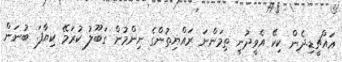
އައްޗީޑި.ދެން ކިކޭ އެވީދުނީ ތިމަންނަ ރައްޔިތުންގެ ނިންމުން ގަބޫލު ކުރަމޭ ކިޔާފަ. ބުނަން